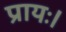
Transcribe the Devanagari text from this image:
प्रायः।